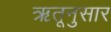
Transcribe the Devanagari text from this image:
ऋतूनुसार